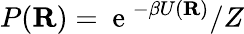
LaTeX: P(\mathbf{R})=\mathrm{~e~}^{-\beta U(\mathbf{R})}/Z